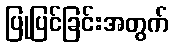
ပြုပြင်ခြင်းအတွက်